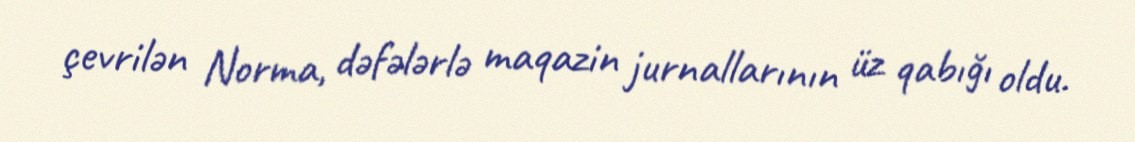
çevrilən Norma, dəfələrlə maqazin jurnallarının üz qabığı oldu.